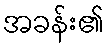
အခန်း၏